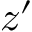
z ^ { \prime }